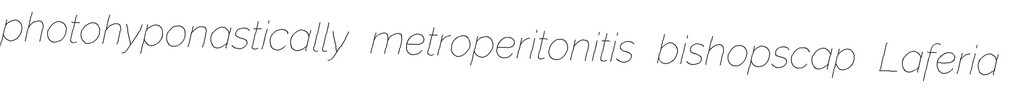
photohyponastically metroperitonitis bishopscap Laferia